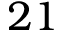
2 1